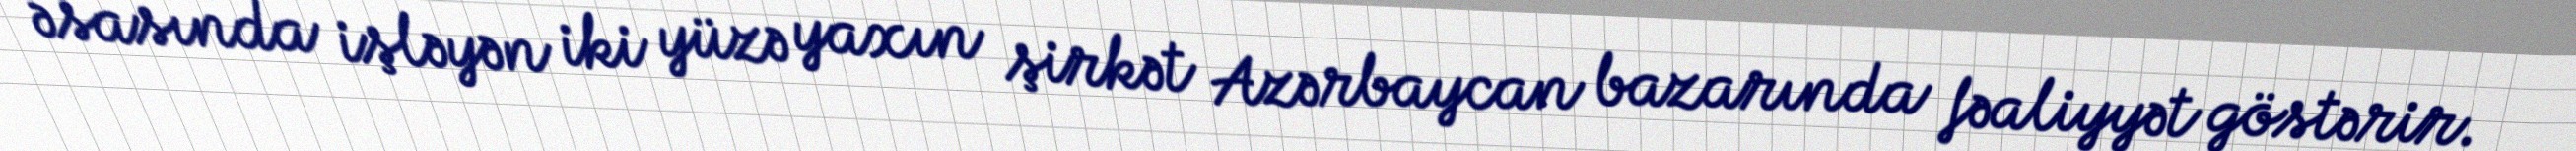
əsasında işləyən iki yüzə yaxın şirkət Azərbaycan bazarında fəaliyyət göstərir.